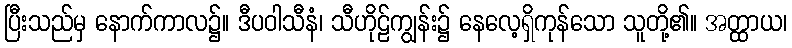
ပြီးသည်မှ နောက်ကာလ၌။ ဒီပဝါသီနံ၊ သီဟိုဠ်ကျွန်း၌ နေလေ့ရှိကုန်သော သူတို့၏။ အတ္ထာယ၊